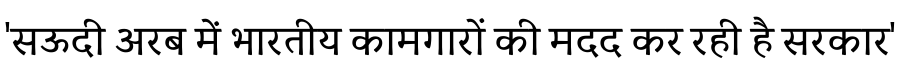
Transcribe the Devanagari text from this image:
'सऊदी अरब में भारतीय कामगारों की मदद कर रही है सरकार'